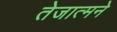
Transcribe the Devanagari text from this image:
तेजात्मने